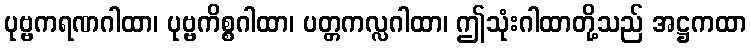
ပုဗ္ဗကရဏဂါထာ၊ ပုဗ္ဗကိစ္စဂါထာ၊ ပတ္တကလ္လဂါထာ၊ ဤသုံးဂါထာတို့သည် အဋ္ဌကထာ